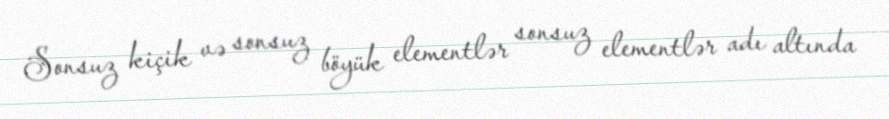
Sonsuz kiçik və sonsuz böyük elementlər sonsuz elementlər adı altında